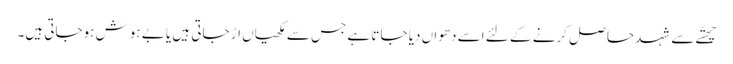
چھتّے سے شہد حا صل کرنے کے لئے اسے دھواں دیا جاتا ہے جس سے مکھیاں اڑ جاتی ہیں یا بے ہوش ہوجاتی ہیں۔